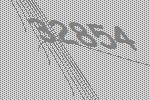
32854